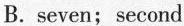
B.seven;second